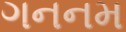
ગનનમ